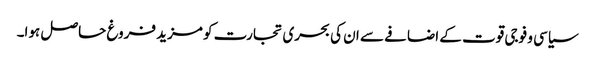
سیاسی و فوجی قوت کے اضافے سے ان کی بحری تجارت کو مزید فروغ حاصل ہوا۔